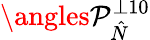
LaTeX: \angles{\mathcal{P}}_{\hat{N}}^{\perp 10}